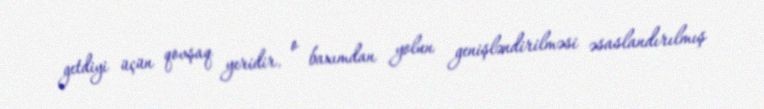
getdiyi üçün qovşaq yeridir, o baxımdan yolun genişləndirilməsi əsaslandırılmış